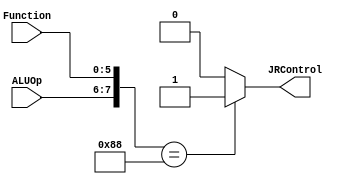
`timescale 1 ps / 100 fs
// Control singals for JR instruction
module JRControl_Block( JRControl, ALUOp, Function);
output JRControl;
reg JRControl;
input [1:0] ALUOp;
input [5:0] Function;
wire [7:0] test;
assign test = {ALUOp,Function};
always @(test)
case (test)
 8'b10001000 : JRControl=1'b1; 
 default: JRControl=1'b0;
 endcase
endmodule